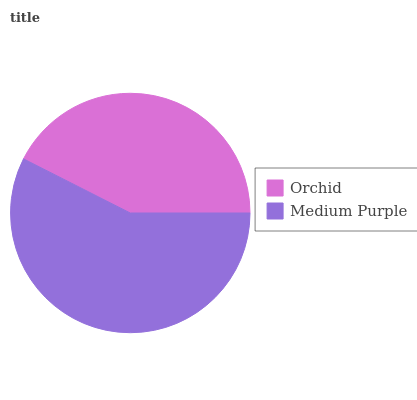
| Orchid | Medium Purple |
 | --- | --- |
 | 42.5% | 57.5% |